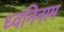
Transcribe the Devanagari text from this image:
ध्वनिनाम